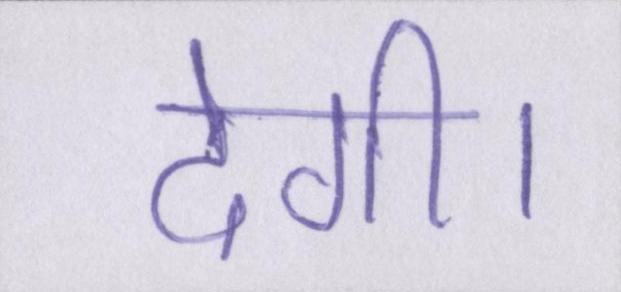
देगी।